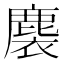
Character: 𪊬